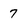
Character: 7